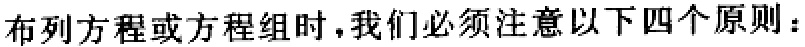
布列方程或方程组时，我们必须注意以下四个原则：